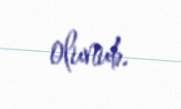
olunub.